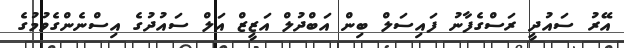
އޭރު ސައުދީ ރަސްގެފާނު ފައިސަލް ބިން އަބްދުލް އަޒީޒް އަލް ސައުދުގެ އިސްނެންގެވުމުގެ